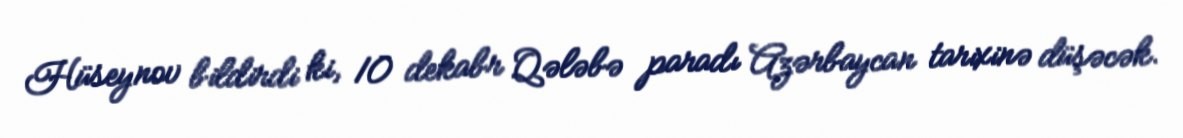
Hüseynov bildirdi ki, 10 dekabr Qələbə paradı Azərbaycan tarixinə düşəcək.